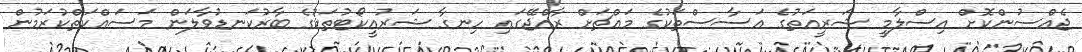
ޖެއްސުންކޮށް އިސްލާމީ ޝަރީޢަތުގެ އަސާސްތަކުގެ މައްޗަށް ރާއްޖޭގައި ހިނގާ ޝަރުޢީކޯޓުތަކުގެ ބާރުކަނޑުވާލަން މަސައްކަތްކުރަމުން